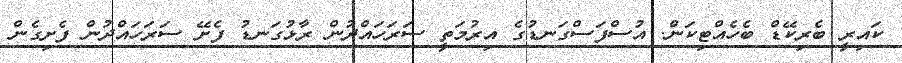
ކައިރީ ބެރިކޭޑް ބެހެއްޓިކަން. އުސްފަސްގަނޑުގެ އިރުމަތީ ސަރަހައްދުން ރާޅުގަނޑު ފެށޭ ސަރަހައްދުން ފެށިގެން